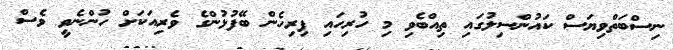
ނިސްބަތްވިޔަސް ކައުންސިލުގައި ތިއްބެވި މި ހުރިހައި ފިރިހެން ބޭފުޅުންގެ ވެރިއަކަށް ހުންނެވީ ވެސް